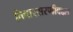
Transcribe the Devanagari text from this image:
विचारसरणीबद्दल